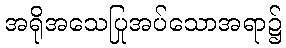
အရိုအသေပြုအပ်သောအရာ၌